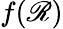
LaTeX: f(\mathscr{R})